Trukikaitis_Postimees, lk 43
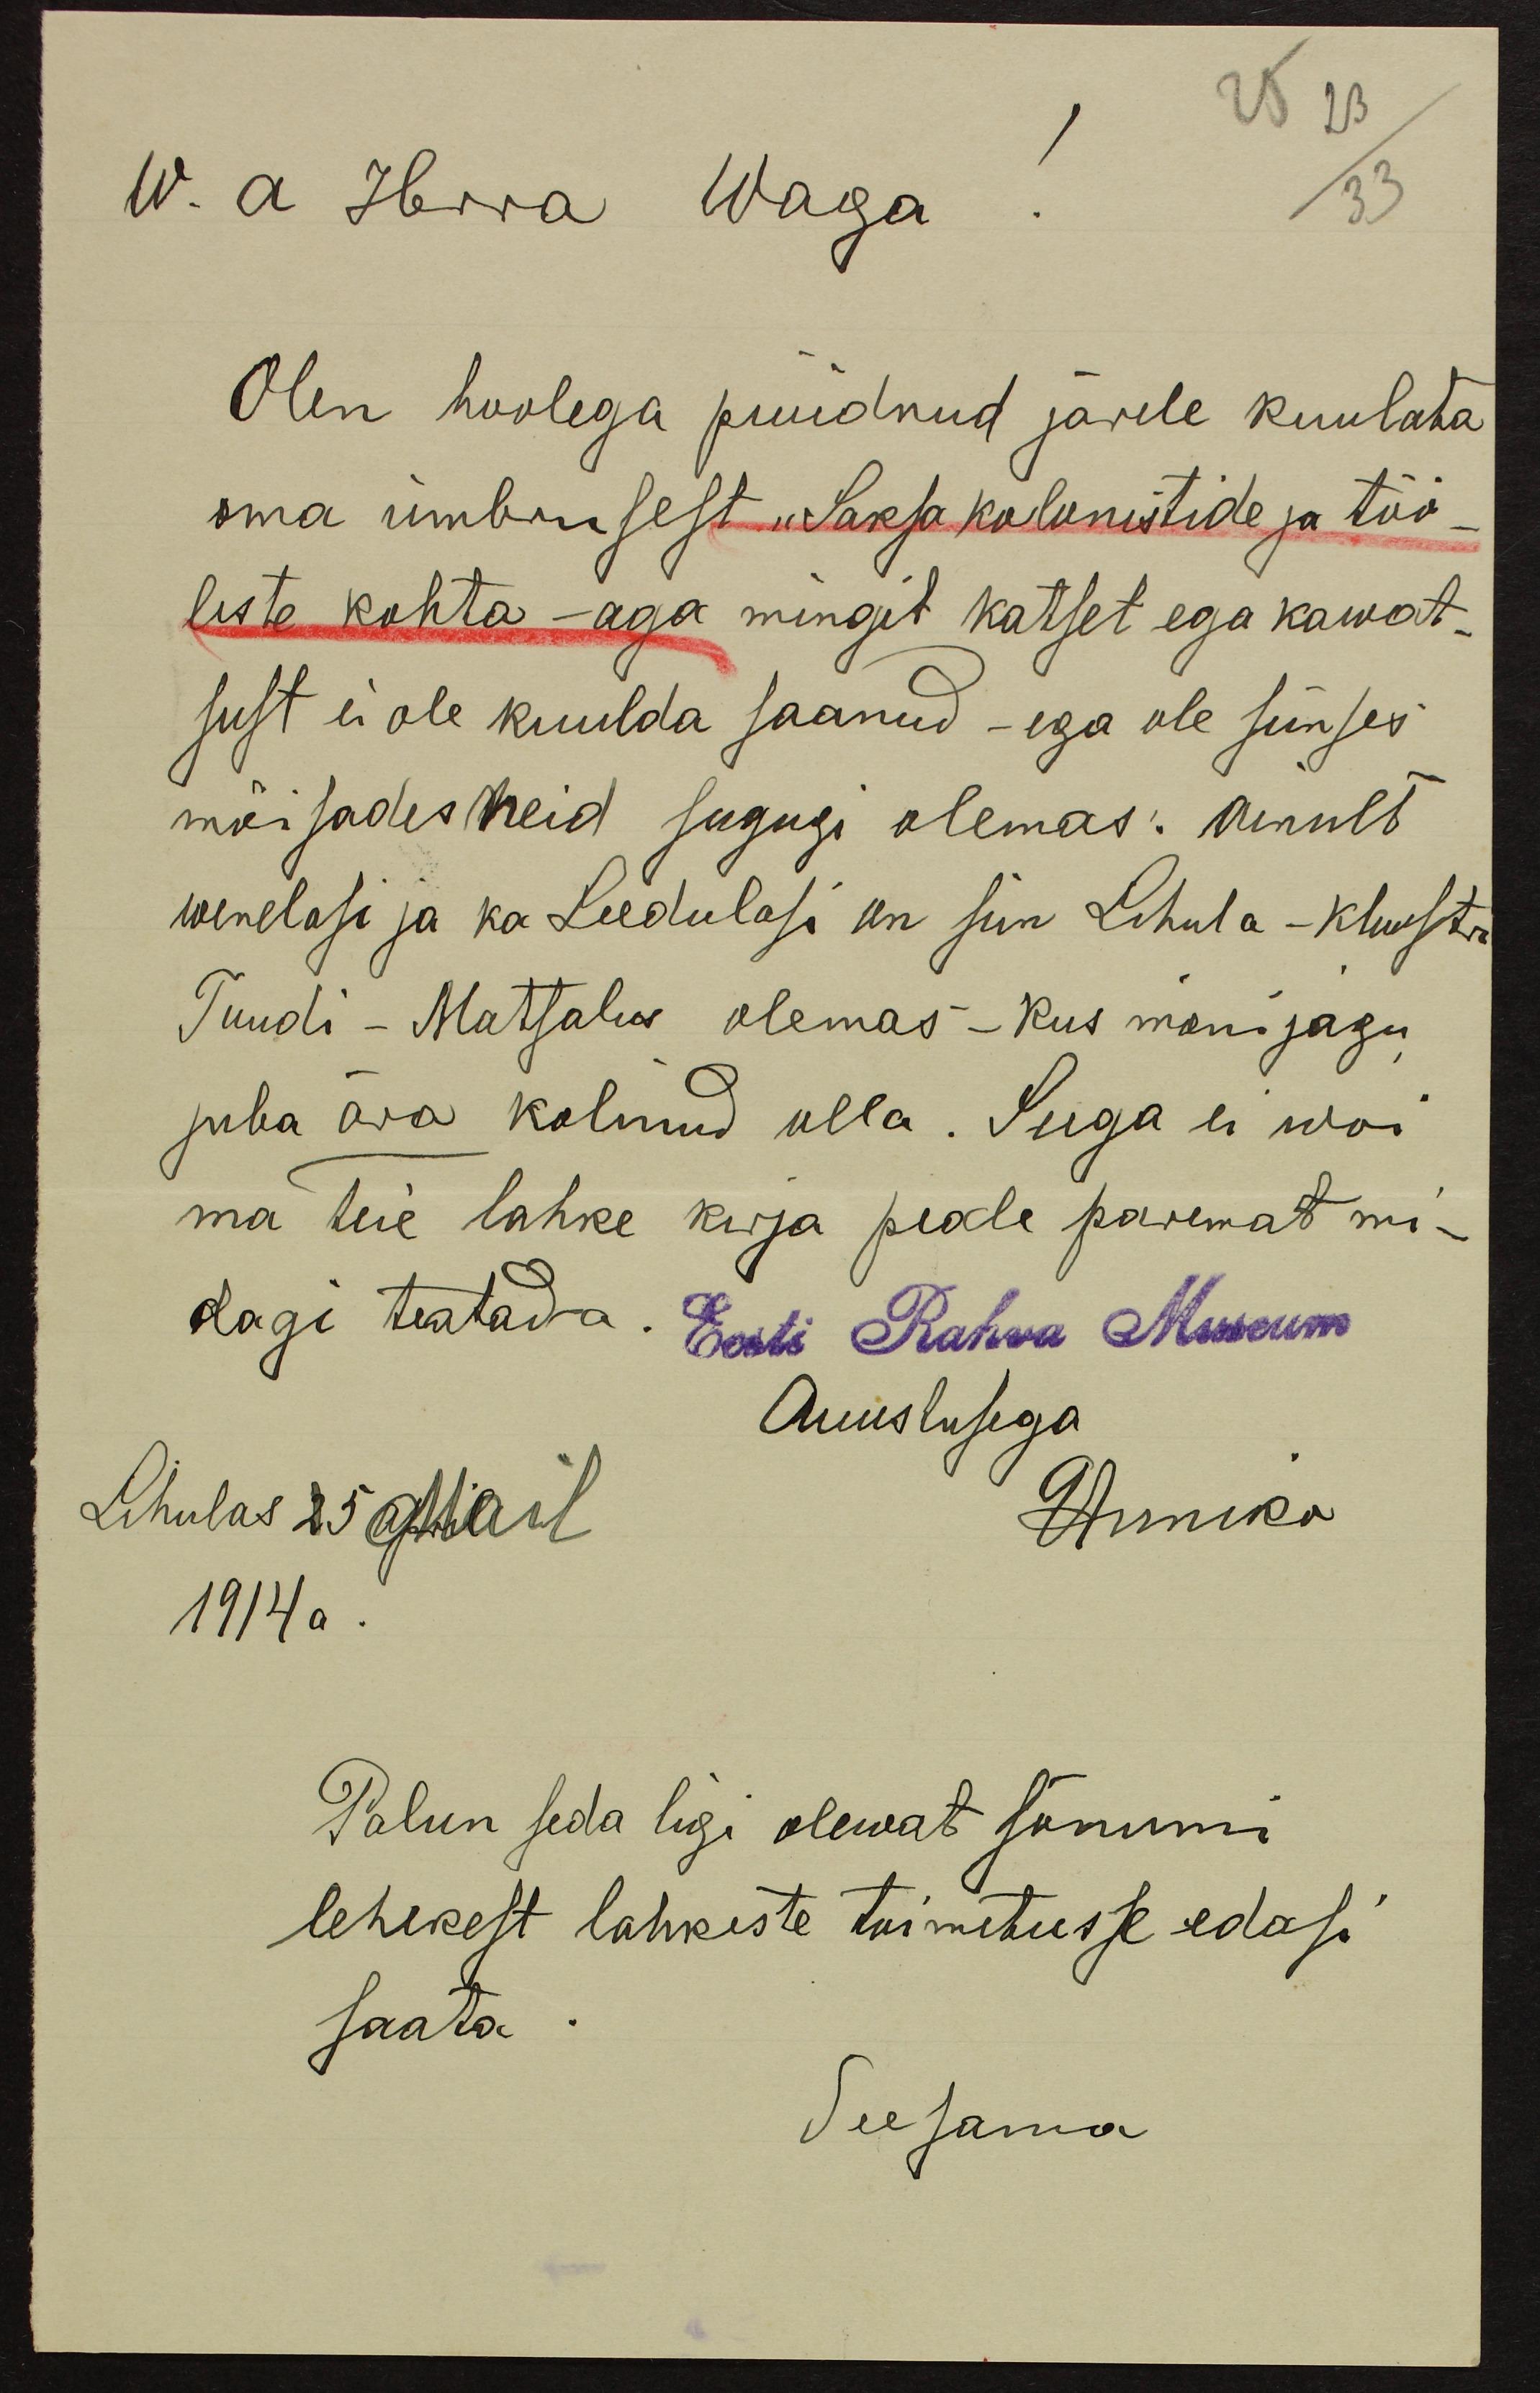
25 23
33
W. a. Herra Waga!
Olen hoolega püüdnud järele kuulata
oma ümbrusest "Saksa kolonistide ja töö-
liste kohta - aga mingit katset ega kawat-
sust ei ole kuulda saanud - ega ole siinses
mõisades neid sugugi olemas. Ainult
wenelasi ja ka Leedulasi on siin Lihula - Kloostri
Tuudi - Matsalus olemas - kus mõnijagu
juba ära kolinud olla. Seega ei woi
ma Teie lahke kirja peale paremat mi-
dagi teatada. Eesti Rahva Museum
Auustusega
Lihulas 25 April
GAnniko
1914 a.
Palun seda ligi olewat sõnumi
lehekest lahkeste toimetusse edasi
saata.
Seesama